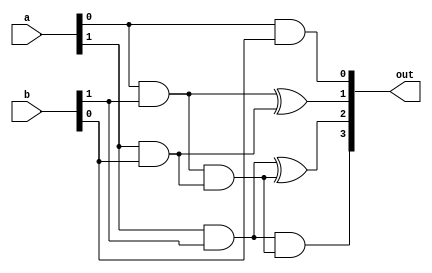
module two_bit_multiplier(input [1:0] a, input [1:0] b, output [3:0] out) ;
    wire w0, w1, w2, w3;

    // Stage 1
    and and0(w0, a[0], b[1]);
    and and1(out[0], a[0], b[0]);
    and and2(w1, a[1], b[0]);
    and and3(w2, a[1], b[1]);

    // Stage 2
    xor xor0(out[1], w0, w1);
    and and4(w3, w0, w1);

    // Stage 3
    xor xor1(out[2], w2, w3);
    and and5(out[3], w2, w3);
endmodule